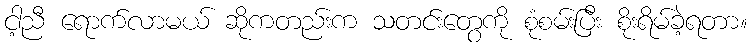
ငါ့ညီ ရောက်လာမယ် ဆိုကတည်းက သတင်းတွေကို စုံစမ်းပြီး စိုးရိမ်ခဲ့ရတာ။